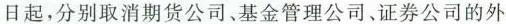
日起，分别取消期货公司、基金管理公司、证券公司的外